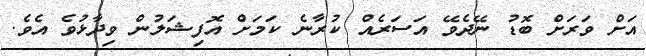
އަށް ވަރަށް ބޮޑު ނޭދެވޭ އަސަރެއް ކުރާނެ ކަމަށް އޮފިޝަލުން ވިދާޅުވެ އެވެ.